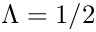
\Lambda = 1 / 2